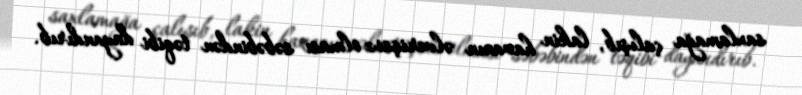
saxlamağa çalışıb, lakin havanın əlverişsiz olması səbəbindən təqibi dayandırıb.